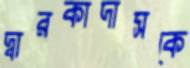
দ্বারকাদাসকে